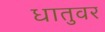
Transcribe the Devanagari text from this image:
धातुवर